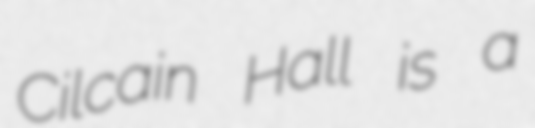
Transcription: Cilcain Hall is a